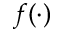
f ( \cdot )